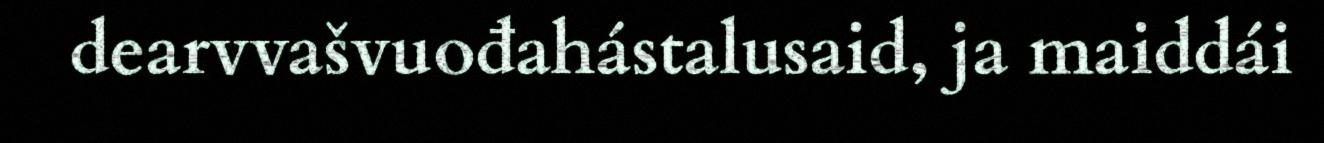
dearvvašvuođahástalusaid, ja maiddái